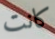
كانت